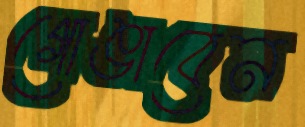
গোঙাবেন